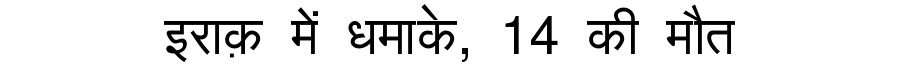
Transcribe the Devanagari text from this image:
इराक़ में धमाके, 14 की मौत